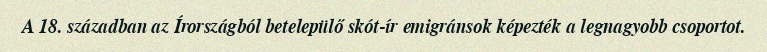
A 18. században az Írországból betelepülő skót-ír emigránsok képezték a legnagyobb csoportot.